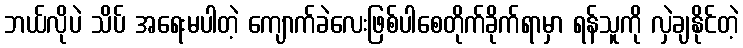
ဘယ်လိုပဲ သိပ် အရေးမပါတဲ့ ကျောက်ခဲလေးဖြစ်ပါစေတိုက်ခိုက်ရာမှာ ရန်သူကို လှဲချနိုင်တဲ့